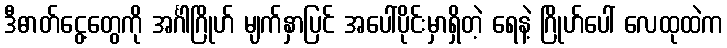
ဒီဓာတ်ငွေ့တွေကို အင်္ဂါဂြိုဟ် မျက်နှာပြင် အပေါ်ပိုင်းမှာရှိတဲ့ ရေနဲ့ ဂြိုဟ်ပေါ် လေထုထဲက